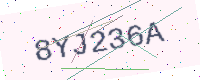
Text: 8YJ236A